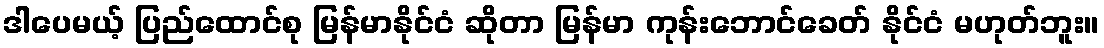
ဒါပေမယ့် ပြည်ထောင်စု မြန်မာနိုင်ငံ ဆိုတာ မြန်မာ ကုန်းဘောင်ခေတ် နိုင်ငံ မဟုတ်ဘူး။